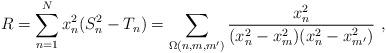
LaTeX: \begin{align*} R=\sum_{n=1}^N x_n^2(S_n^2-T_n)=\sum_{\Omega(n,m,m')} \frac{x_n^2}{(x_n^2-x_m^2)(x_n^2-x_{m'}^2)} \ ,\end{align*}